Civil Veterinary Department Bihar & Orissa reports 1929-36 - 1929-1936
Year: 1929
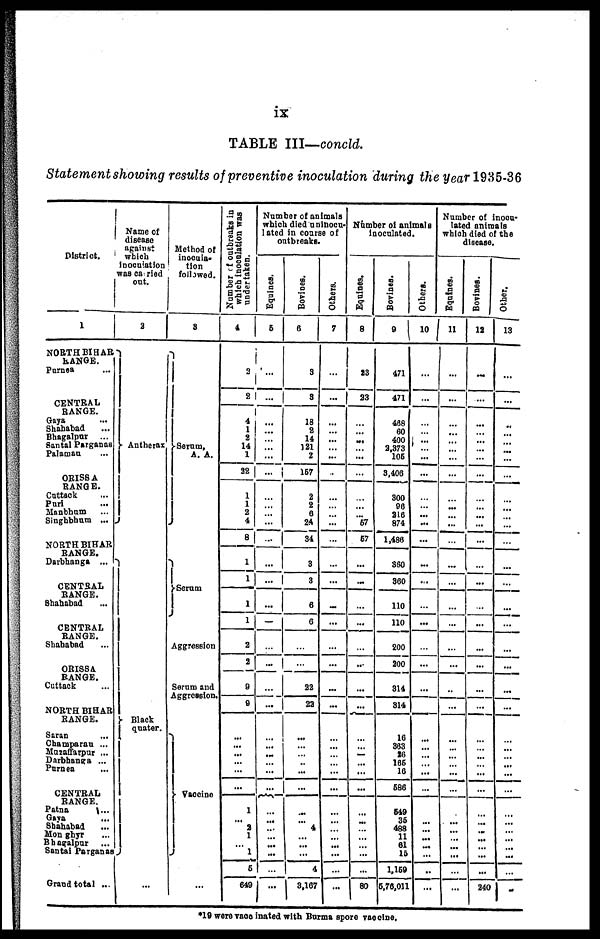
ix
TABLE
III—concld.
Statement
showing
results
of preventive
inoculation
during
the year
1935-36
District.
1
NORTH BIHAR
BANGE.
Purnea ...
CENTRAL
RANGE.
Gaya ...
Shahabad ...
Bhagalpur ...
Santal Parganas
Palamau ...
ORISSA
RANGE.
Cuttack ...
Purl ...
Manbhum ...
Singhbhum ...
NORTH BIHAR
RANGE.
Darbhanga ...
CENTRAL
RANGE.
Shahabad ...
CENTRAL
RANGE.
Shahabad ...
ORISSA
RANGE.
Cuttack ...
NORTH BIHAR
RANGE.
Saran ...
Champaran ...
Muzaffarpur ...
Darbhanga ...
Purnea ...
CENTRAL
RANGE.
Patna ...
Gaya ...
Shahabad ...
Mon ghyr ...
Bhagalpur ...
Santal Parganas
Grand total ...
Name of
disease
apainst
which
inoculation
was ca ried
out.
2
Antherax
Black
quater.
...
Method of
inocula-
tion
followed.
8
Serum,
A. A.
Serum
Aggression
Serum and
Aggression.
Vaccine
...
Number of outbreaks in
which inoculation was
undertaken.
4
3
2
4
1
2
14
1
32
1
1
2
4
8
1
1
1
1
2
2
8
9
...
...
...
...
...
...
1
...
2
1
...
1
6
649
Number of animals
which died uninocu-
lated in coarse of
outbreaks.
Equines.
5
...
...
...
...
...
...
...
...
...
...
...
...
...
...
...
...
...
...
...
...
...
...
...
...
...
...
...
...
...
...
...
...
...
...
...
Bovines.
6
3
3
18
2
14
121
2
167
2
2
6
24
34
3
3
6
6
...
...
22
22
...
...
...
..
...
...
...
...
4
...
...
...
4
3,167
Others.
7
...
...
...
...
...
...
...
...
...
...
...
...
...
...
...
...
...
...
...
...
...
...
...
...
...
...
...
...
...
...
...
...
...
...
Number of animals
inoculated.
Equines.
8
23
23
...
...
...
...
...
...
...
...
...
67
67
...
...
...
...
...
...
...
...
...
...
...
...
...
...
...
...
...
...
...
...
...
80
Bovines.
9
471
471
468
60
400
2,373
106
3,406
300
96
216
874
1,486
360
360
110
110
—
200
200
314
814
16
363
26
166
16
586
549
36
488
11
61
16
1,169
6,76,011
Others.
10
...
...
...
...
...
...
...
...
...
...
...
...
...
...
...
...
...
...
...
...
...
...
...
...
...
...
...
...
...
...
...
...
..
...
Number of inocu-
lated animals
which died of the
disease.
Equines.
11
...
...
...
...
...
...
...
...
...
...
...
...
...
...
...
...
...
...
...
..
...
...
...
...
...
...
...
...
...
...
...
...
...
...
...
Bovines.
12
...
...
...
...
...
...
...
...
...
...
...
...
...
...
...
...
...
...
...
...
...
...
...
...
...
...
...
...
...
...
...
...
...
...
240
Other.
13
...
...
...
...
...
...
...
...
...
...
...
...
...
...
...
...
...
...
...
...
...
...
...
...
...
...
...
...
...
...
...
...
...
...
*19 were vace inated with Burma spore vaccine.